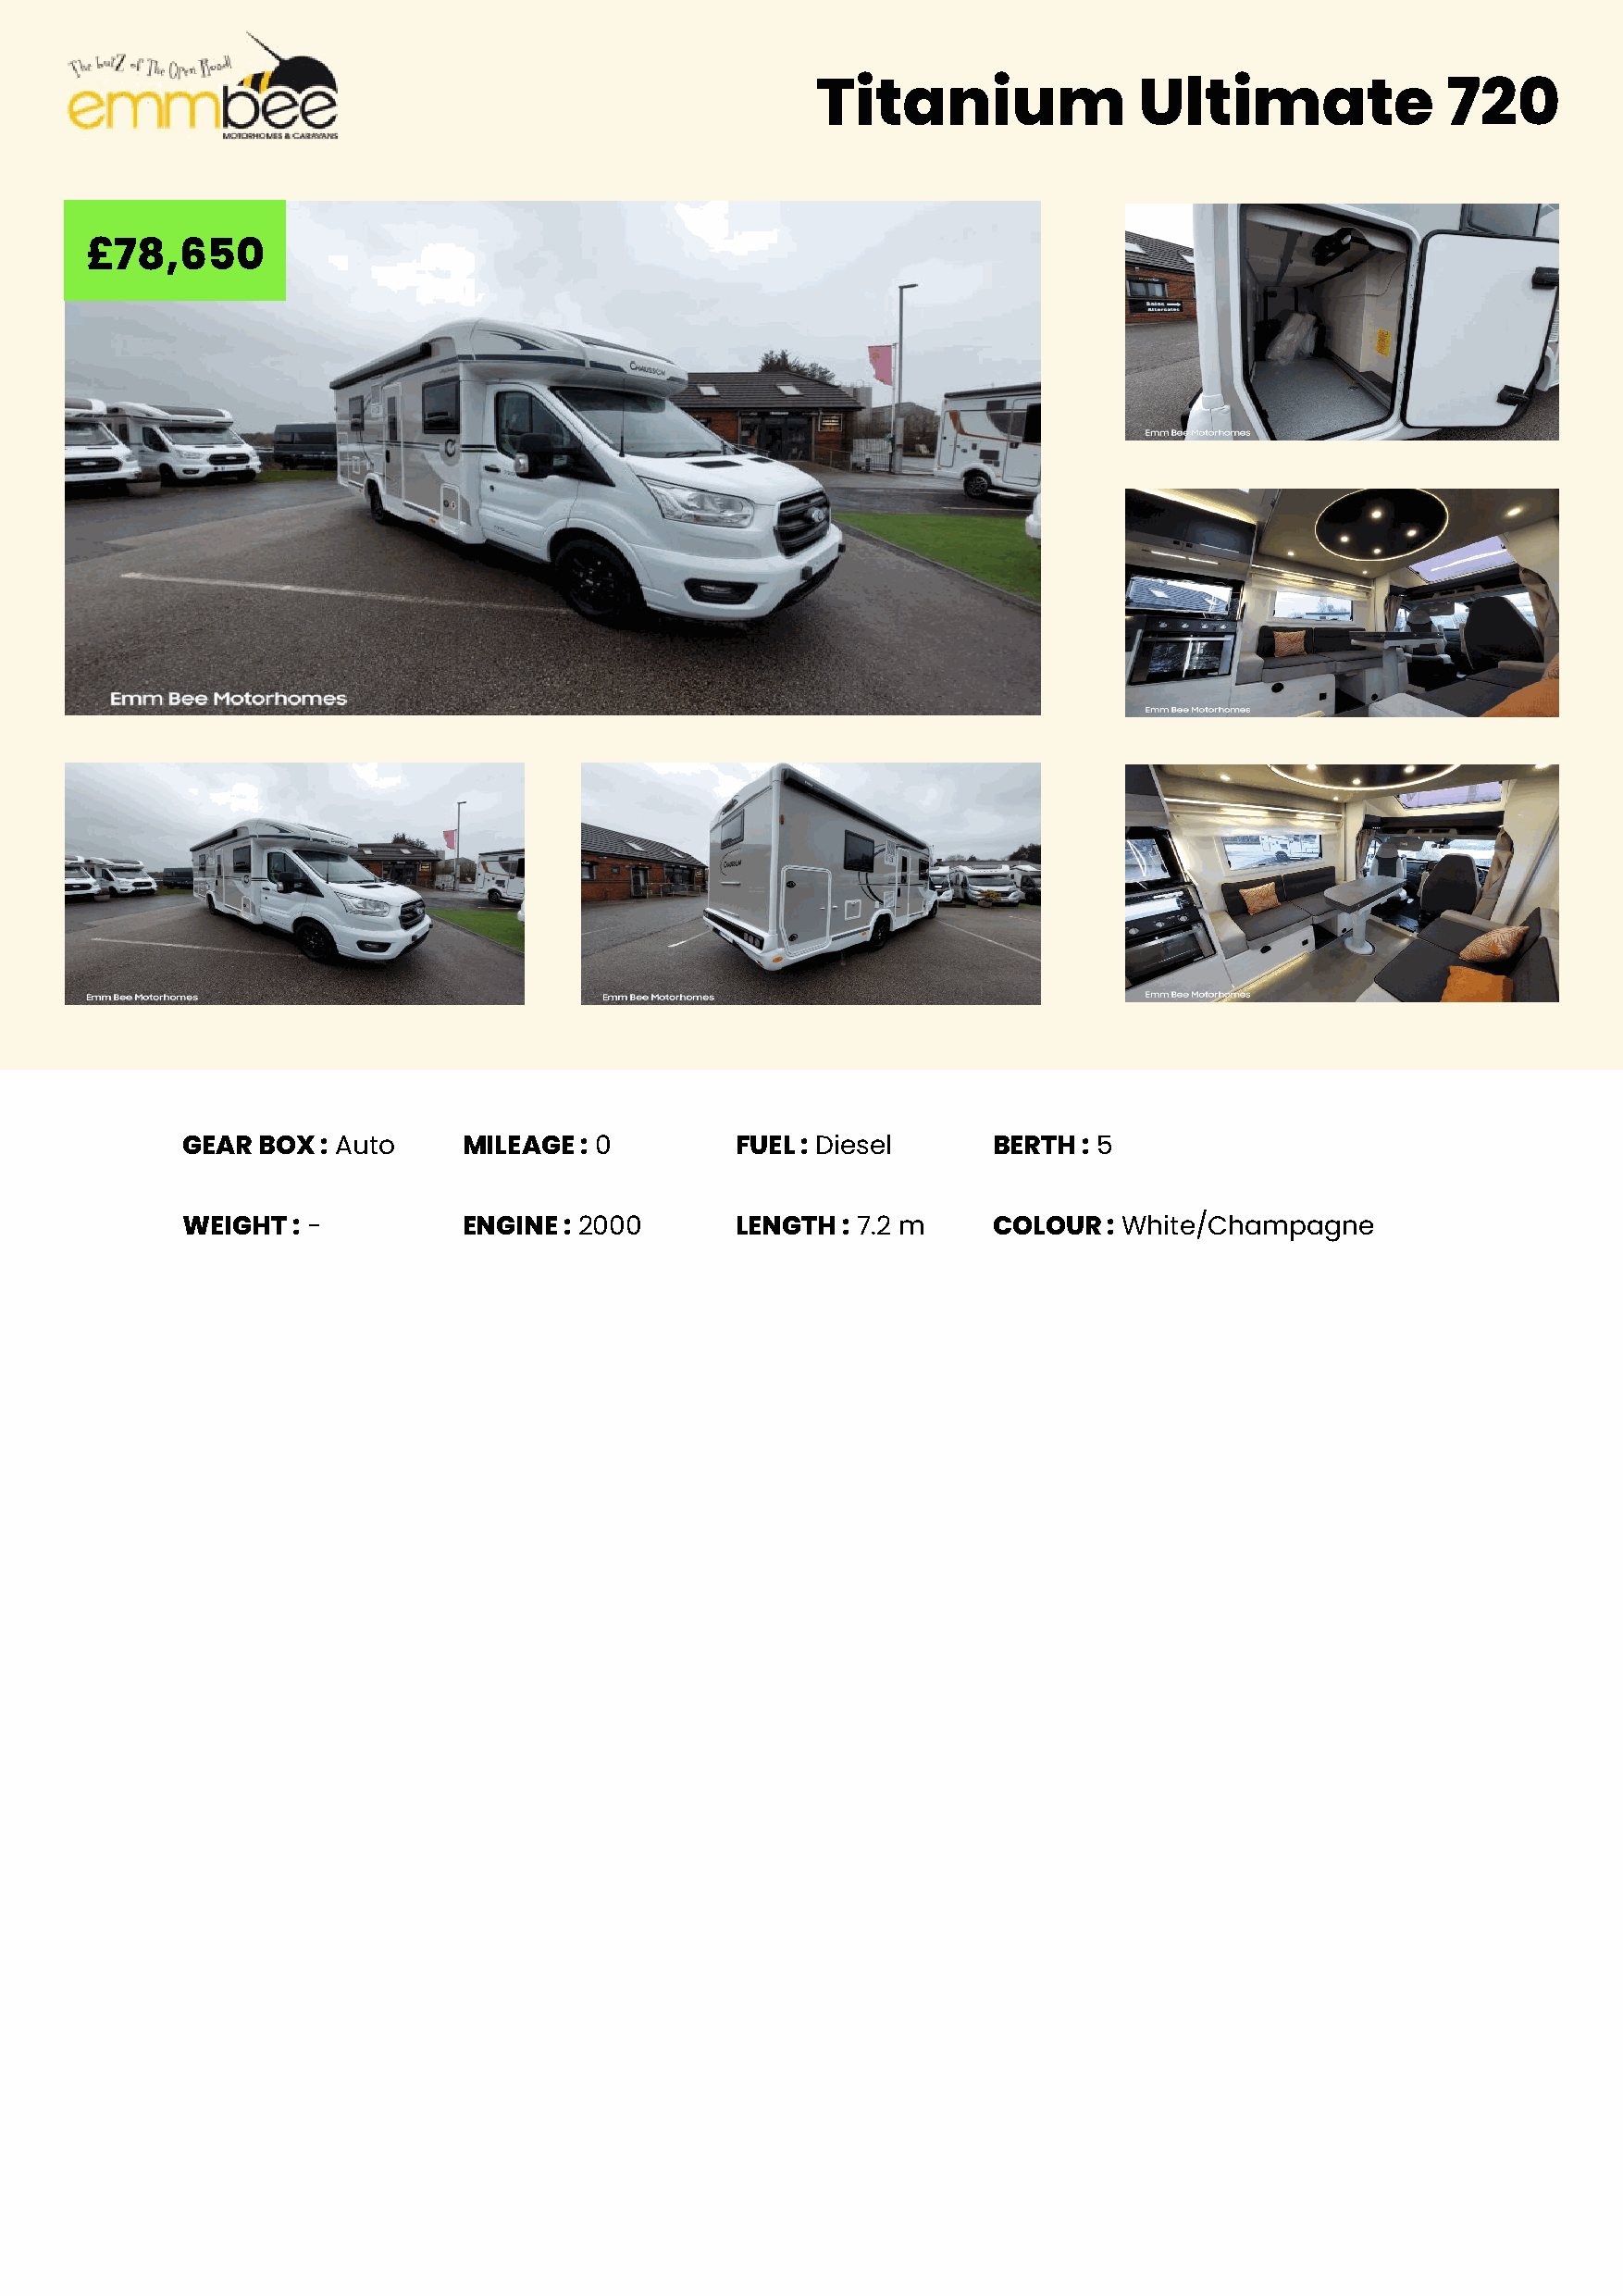
Titanium               Ultimate              720
 £78,650
 GEAR BOX  : Auto    MILEAGE  : 0        FUEL : Diesel     BERTH : 5
 WEIGHT  : -         ENGINE : 2000       LENGTH : 7.2 m    COLOUR  : White/Champagne